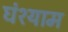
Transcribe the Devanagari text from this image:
घंश्याम